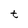
Character: t